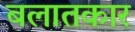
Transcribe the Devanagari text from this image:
बलातकार